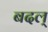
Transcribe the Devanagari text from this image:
बदल्